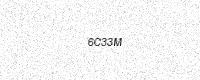
Text: 6C33M